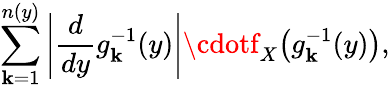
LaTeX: \sum_{\mathbf{k}=1}^{n(y)}\left|{\frac{{d}}{{dy}}}g_{\mathbf{k}}^{-1}(y)\right|\cdotf_{X}{\big(}g_{\mathbf{k}}^{-1}(y){\big)},